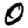
Digit: 0